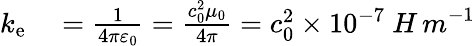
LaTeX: \begin{array}{rl}{k_{\mathrm{e}}}&{{}={\frac{1}{4\pi\varepsilon_{0}}}={\frac{c_{0}^{2}\mu_{0}}{4\pi}}=c_{0}^{2}\times 10^{-7}\ {H\, m}^{-1}}\end{array}